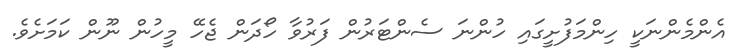
އެންމެންނަކީ ހިންމަފުށީގައި ހުންނަ ސެންޓަރުން ފަރުވާ ހޯދަން ޖެހޭ މީހުން ނޫން ކަމަށެވެ.